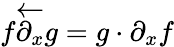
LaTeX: f{\overleftarrow{\partial_{x}}}g=g\cdot\partial_{x}f